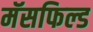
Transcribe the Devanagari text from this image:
मॅसफिल्ड